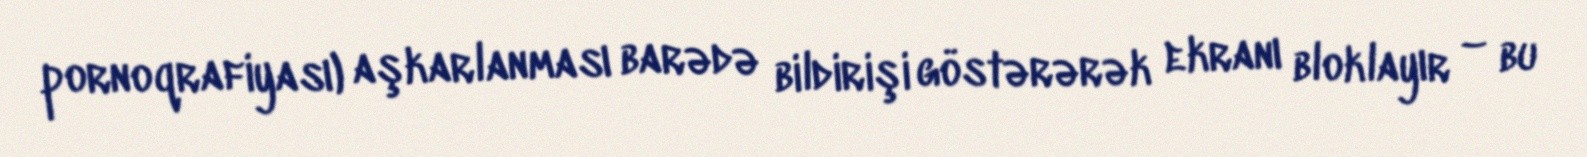
pornoqrafiyası) aşkarlanması barədə bildirişi göstərərək ekranı bloklayır – bu